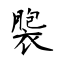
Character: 褜